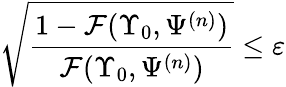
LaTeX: \sqrt{\frac{1-\mathcal{F}(\Upsilon_{0},\Psi^{(n)})}{\mathcal{F}(\Upsilon_{0},\Psi^{(n)})}}\leq\varepsilon